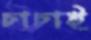
চাচাই